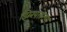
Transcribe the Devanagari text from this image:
झिरपलेल्या